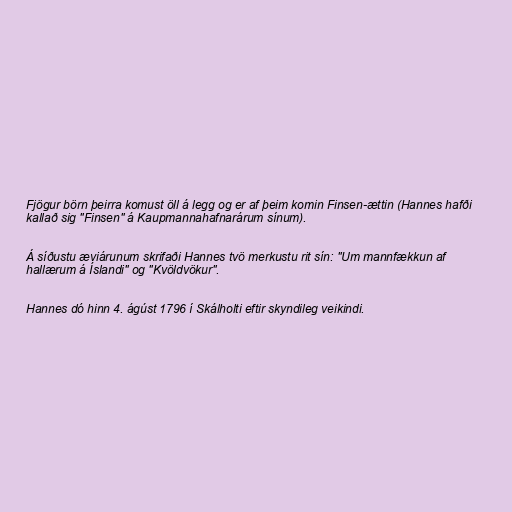
Fjögur börn þeirra komust öll á legg og er af þeim komin Finsen-ættin (Hannes hafði
kallað sig "Finsen" á Kaupmannahafnarárum sínum).

Á síðustu æviárunum skrifaði Hannes tvö merkustu rit sín: "Um mannfækkun af
hallærum á Íslandi" og "Kvöldvökur".

Hannes dó hinn 4. ágúst 1796 í Skálholti eftir skyndileg veikindi.